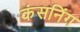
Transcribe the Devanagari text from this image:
कंसनिंग